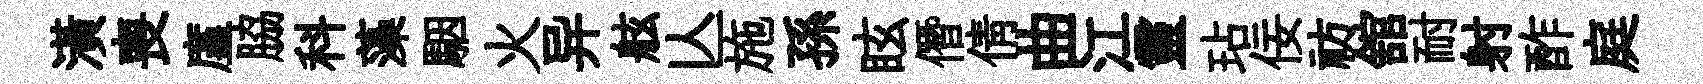
潢喪廑脇科藻駰火异舷亾施孫眩僭倩曲江靈玷佞祊舘耐射酢庭